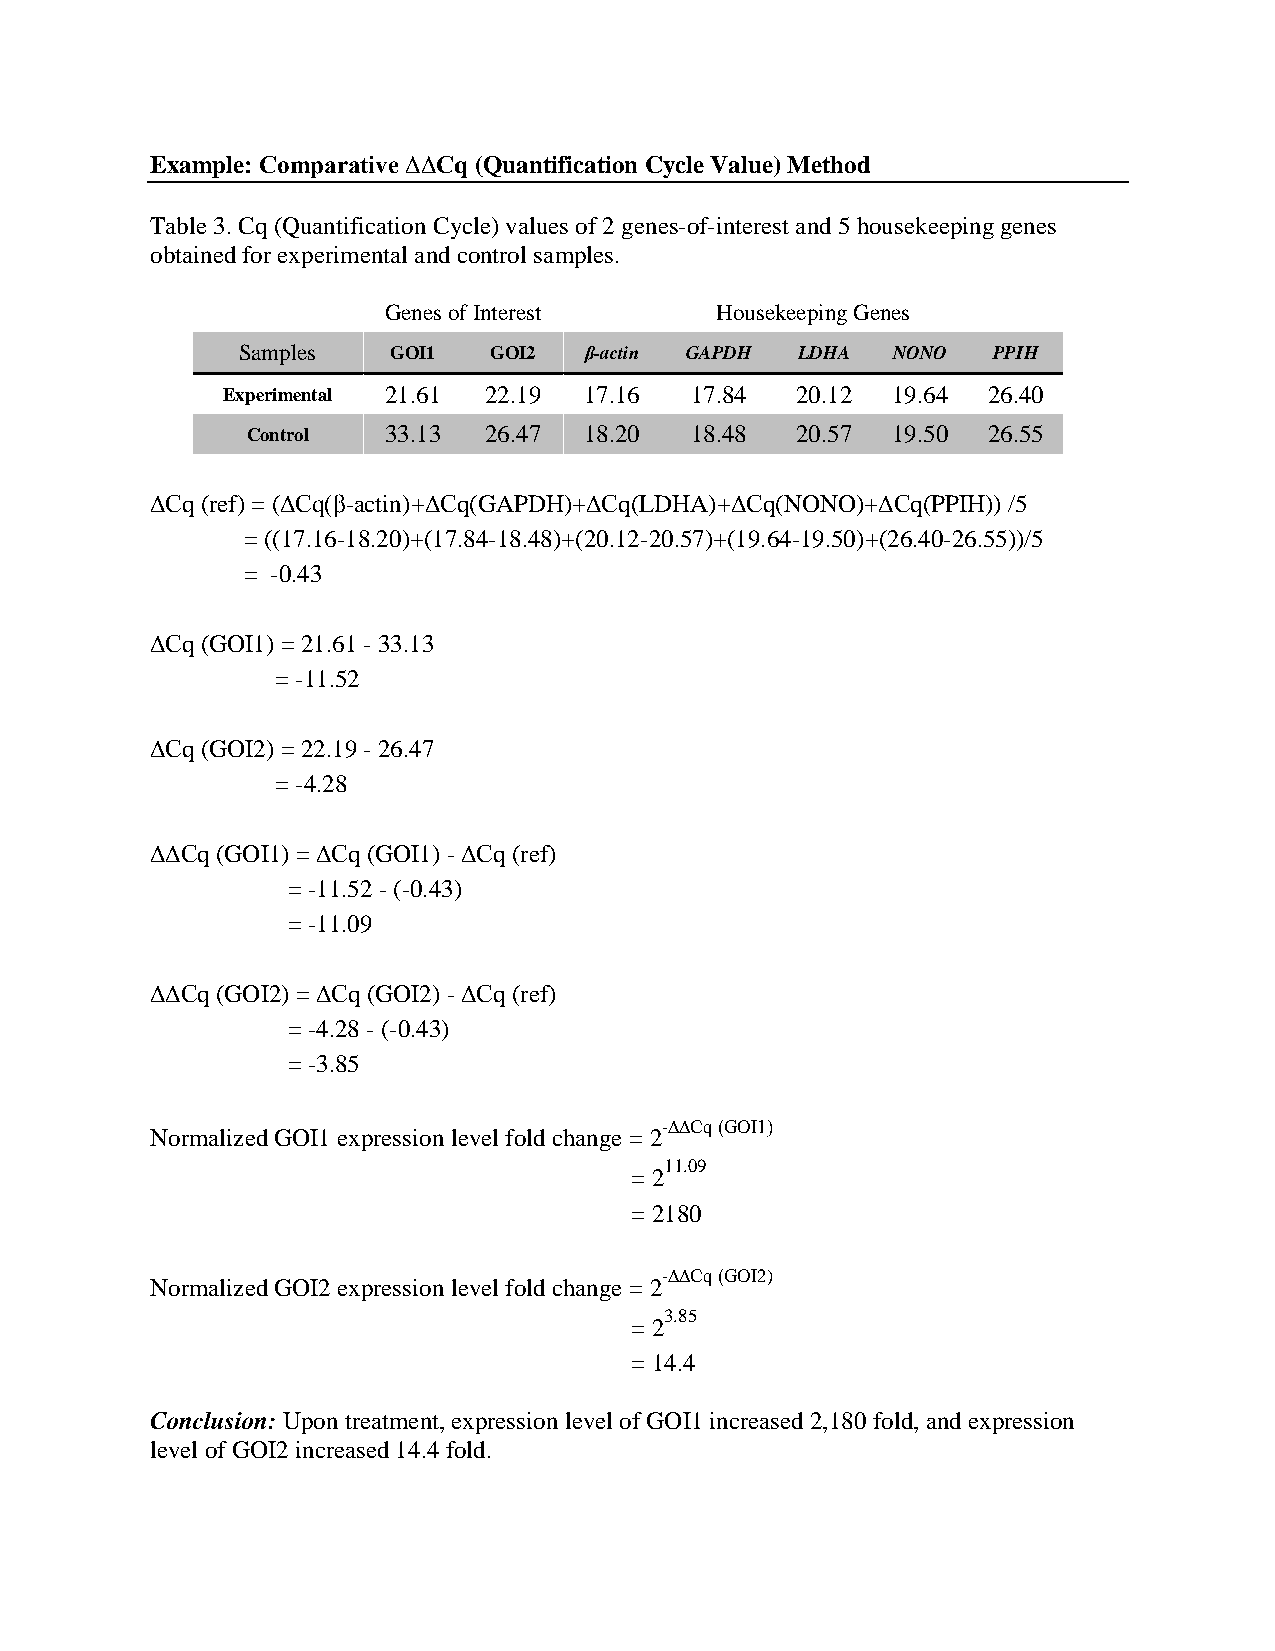
Example: Comparative ∆∆Cq (Quantification Cycle Value) Method
 Table 3. Cq (Quantification Cycle) values of 2 genes-of-interest and 5 housekeeping genes
 obtained for experimental and control samples.
 Genes of Interest     Housekeeping Genes
 Samples   GOI1  GOI2   β-actin GAPDH LDHA  NONO   PPIH
 Experimental 21.61 22.19 17.16 17.84  20.12 19.64 26.40
 Control  33.13  26.47  18.20  18.48  20.57 19.50 26.55
 ∆Cq (ref) = (∆Cq(β-actin)+∆Cq(GAPDH)+∆Cq(LDHA)+∆Cq(NONO)+∆Cq(PPIH)) /5
 = ((17.16-18.20)+(17.84-18.48)+(20.12-20.57)+(19.64-19.50)+(26.40-26.55))/5
 = -0.43
 ∆Cq (GOI1) = 21.61 - 33.13
 = -11.52
 ∆Cq (GOI2) = 22.19 - 26.47
 = -4.28
 ∆∆Cq (GOI1) = ∆Cq (GOI1) - ∆Cq (ref)
 = -11.52 - (-0.43)
 = -11.09
 ∆∆Cq (GOI2) = ∆Cq (GOI2) - ∆Cq (ref)
 = -4.28 - (-0.43)
 = -3.85
 -∆∆Cq (GOI1)
 Normalized GOI1 expression level fold change = 2
 =
 211.09
 = 2180
 -∆∆Cq (GOI2)
 Normalized GOI2 expression level fold change = 2
 =
 23.85
 = 14.4
 Conclusion: Upon treatment, expression level of GOI1 increased 2,180 fold, and expression
 level of GOI2 increased 14.4 fold.